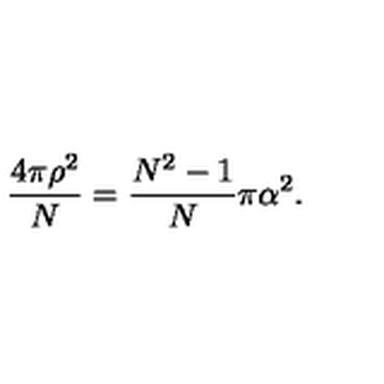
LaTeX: \frac { 4 \pi \rho ^ { 2 } } { N } = \frac { N ^ { 2 } - 1 } { N } \pi \alpha ^ { 2 } .